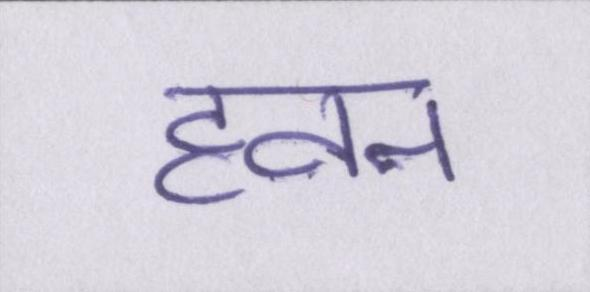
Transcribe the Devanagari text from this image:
हवन